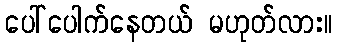
ပေါ်ပေါက်နေတယ် မဟုတ်လား။